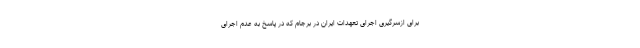
برای ازسرگیری اجرای تعهدات ایران در برجام که در پاسخ به عدم اجرای